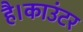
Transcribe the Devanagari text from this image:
है।काउंटर